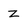
Character: z